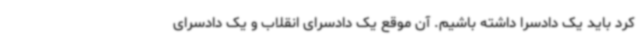
کرد باید یک دادسرا داشته باشیم. آن موقع یک دادسرای انقلاب و یک دادسرای